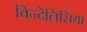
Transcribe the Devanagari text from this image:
विन्देलिसिया